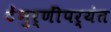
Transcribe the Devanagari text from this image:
टेंभुर्णींपर्यंत